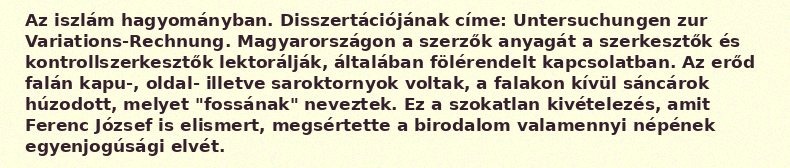
Az iszlám hagyományban. Disszertációjának címe: Untersuchungen zur Variations-Rechnung. Magyarországon a szerzők anyagát a szerkesztők és kontrollszerkesztők lektorálják, általában fölérendelt kapcsolatban. Az erőd falán kapu-, oldal- illetve saroktornyok voltak, a falakon kívül sáncárok húzodott, melyet "fossának" neveztek. Ez a szokatlan kivételezés, amit Ferenc József is elismert, megsértette a birodalom valamennyi népének egyenjogúsági elvét.